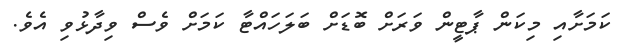
ކަމަށާއި މިކަން ޕާޓީން ވަރަށް ބޮޑަށް ބަލަހައްޓާ ކަމަށް ވެސް ވިދާޅުވި އެވެ.